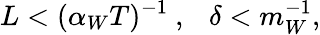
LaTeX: L<(\alpha_{W}T)^{-1}\ ,\ \ \ \delta<m_{W}^{-1},